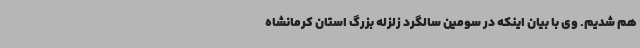
هم شدیم. وی با بیان اینکه در سومین سالگرد زلزله بزرگ استان کرمانشاه